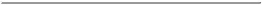
___